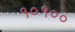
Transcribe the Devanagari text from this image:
१०१००